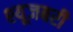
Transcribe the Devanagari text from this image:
श्यूजबरी